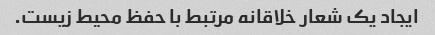
ایجاد یک شعار خلاقانه مرتبط با حفظ محیط زیست.